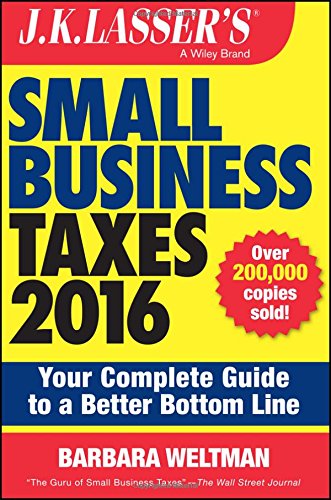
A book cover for J.K. Lasser's Small Business Taxes 2016: Your Complete Guide to a Better Bottom Line; Barbara Weltman; Business & Money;